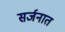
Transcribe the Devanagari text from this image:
सर्जनात